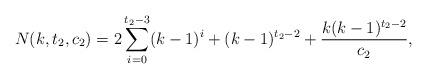
LaTeX: \begin{align*}N(k,t_2,c_2)=2\sum_{i=0}^{t_2-3}(k-1)^i+(k-1)^{t_2-2}+\frac{k(k-1)^{t_2-2}}{c_2},\end{align*}